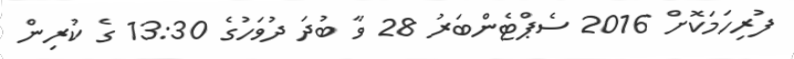
ފުރިހަމަކޮށް 2016 ސެޕްޓެންބަރު 28 ވާ ބުދަ ދުވަހުގެ 13:30 ގެ ކުރިން